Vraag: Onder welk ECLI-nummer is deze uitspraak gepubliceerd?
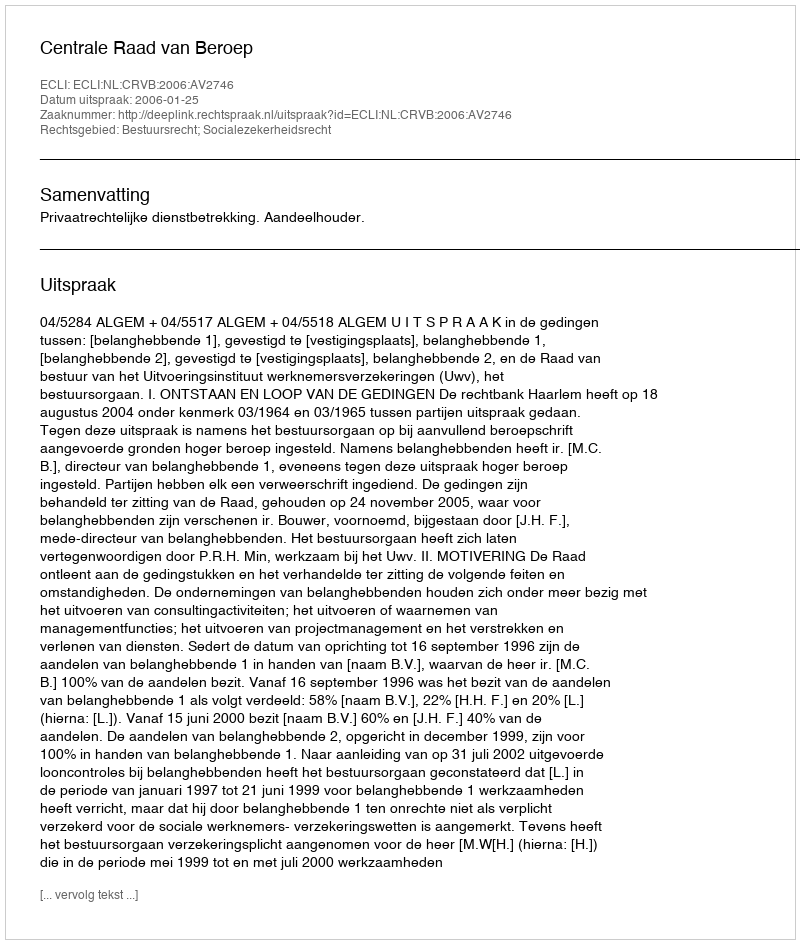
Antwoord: ECLI:NL:CRVB:2006:AV2746